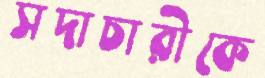
সদাচারীকে